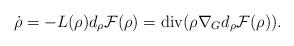
LaTeX: \begin{align*}\dot\rho=-L(\rho)d_\rho\mathcal{F}(\rho)=\textrm{div}(\rho\nabla_Gd_\rho\mathcal{F}(\rho)).\end{align*}